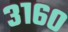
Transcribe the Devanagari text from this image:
३१६०